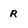
Character: r